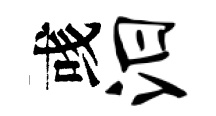
彧汨